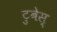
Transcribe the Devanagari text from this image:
टुबेस्